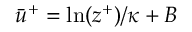
\bar { u } ^ { + } = \ln ( z ^ { + } ) / \kappa + B